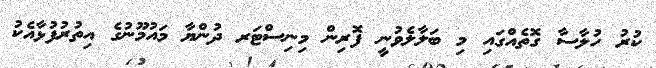
ކުރު ހުލާސާ ގޮތެއްގައި މި ބަލާލެވުނީ ފޮރިން މިނިސްޓަރ ދުންޔާ މައުމޫނުގެ އިތުރުފުޅާއެކު